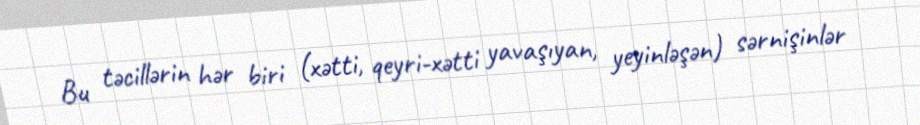
Bu təcillərin hər biri (xətti, qeyri-xətti yavaşıyan, yeyinləşən) sərnişinlər